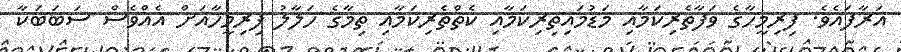
އަރާފައެވެ. ފިރިމީހާގެ ވަފާތެރިކަމާއި މަޑުމައިތިރިކަމާއި ކެތްތެރިކަމާއި ތިމާގެ ހަލާލު ފިރިމީހާއަށް އެއްވެސް ސަބަބަކާ